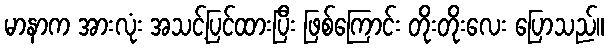
မာနာက အားလုံး အသင့်ပြင်ထားပြီး ဖြစ်ကြောင်း တိုးတိုးလေး ပြောသည်။